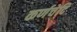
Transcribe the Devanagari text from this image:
कर्णचेदि